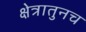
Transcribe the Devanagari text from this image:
क्षेत्रातुनच